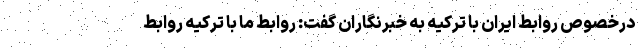
درخصوص روابط ایران با ترکیه به خبرنگاران گفت: روابط ما با ترکیه روابط